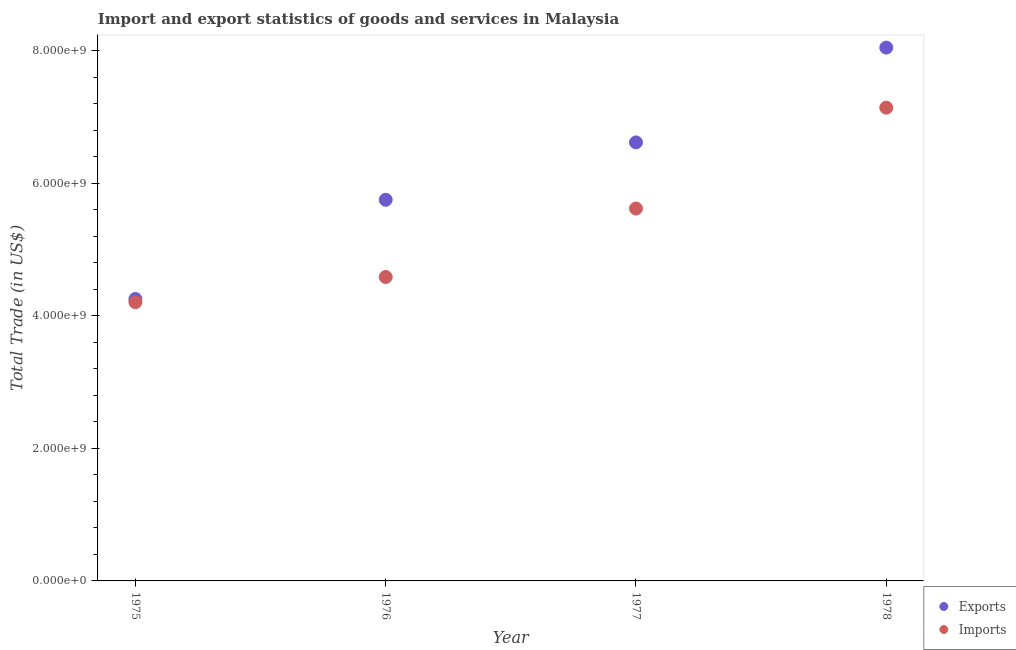
| Year | Exports | Imports |
 | --- | --- | --- |
 | 1975 | 4.26e+09 | 4.21e+09 |
 | 1976 | 5.75e+09 | 4.59e+09 |
 | 1977 | 6.62e+09 | 5.62e+09 |
 | 1978 | 8.05e+09 | 7.14e+09 |